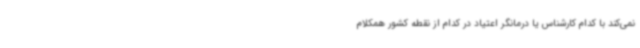
نمی‌کند با کدام کارشناس یا درمانگر اعتیاد در کدام از نقطه کشور همکلام